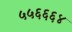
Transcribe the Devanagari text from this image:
५५६६६४